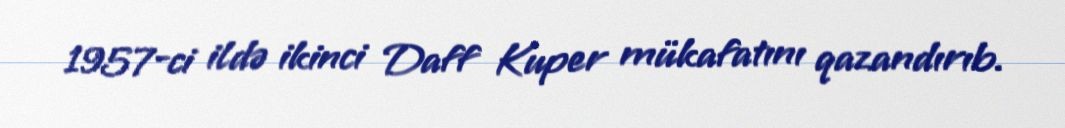
1957-ci ildə ikinci Daff Kuper mükafatını qazandırıb.